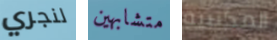
لنجري متشابهين المكتبية